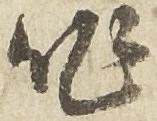
作